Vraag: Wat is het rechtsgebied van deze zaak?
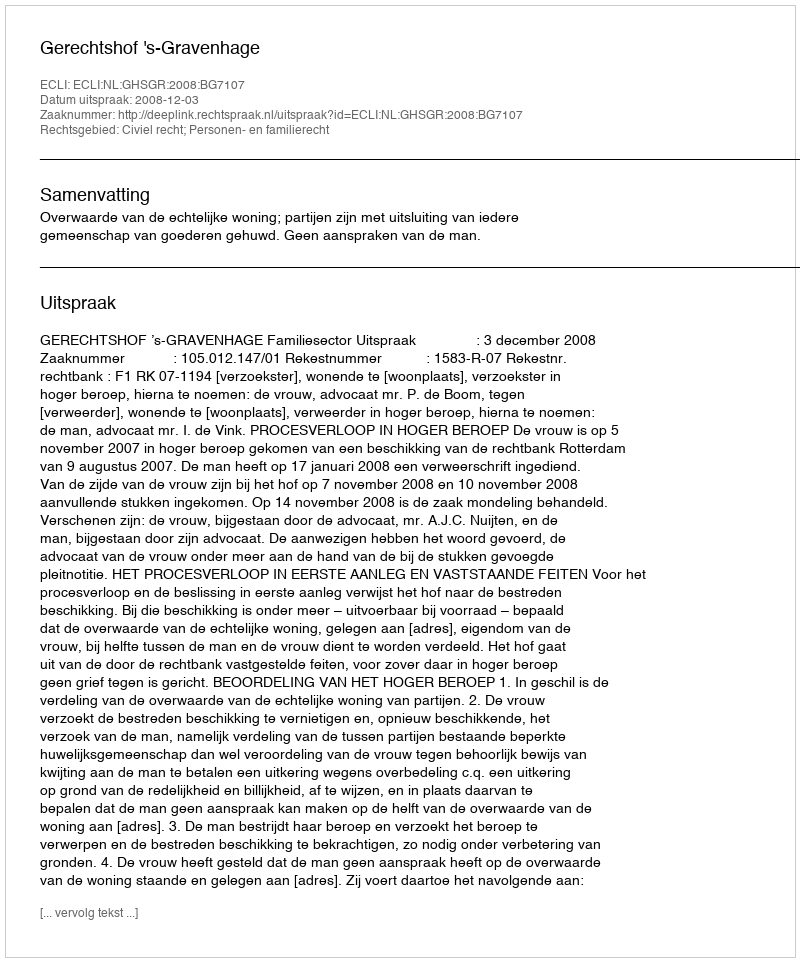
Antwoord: Civiel recht; Personen- en familierecht